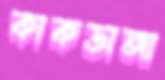
কাকডাঙ্গা